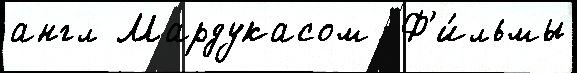
англ Мардукасом  Ф'и́льмы